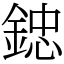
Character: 𨨩